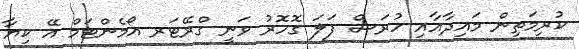
ކުރިމަތިން މައިދާއާއި ހުރަސް ފަލަ ގޮހޮރު ވަނީ ގްރޭޓަރ އޯމެންޓަމް އޭ ކިޔާ